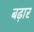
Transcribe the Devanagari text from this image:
बढ़ार